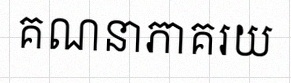
គណនាភាគរយ